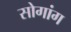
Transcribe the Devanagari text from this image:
सोगांग